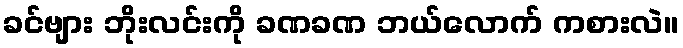
ခင်ဗျား ဘိုးလင်းကို ခဏခဏ ဘယ်လောက် ကစားလဲ။